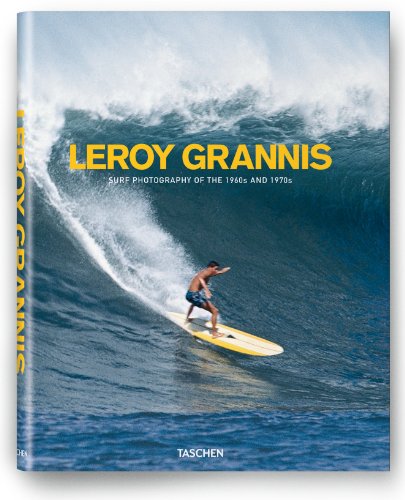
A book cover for LeRoy Grannis: Surf Photography of the 1960s and 1970s; Steve Barilotti; Arts & Photography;